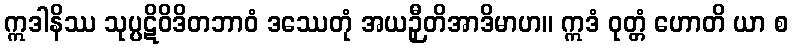
ဣဒါနိဿ သုပ္ပဋိဝိဒိတဘာဝံ ဒဿေတုံ အယဉှီတိအာဒိမာဟ။ ဣဒံ ဝုတ္တံ ဟောတိ ယာ စ